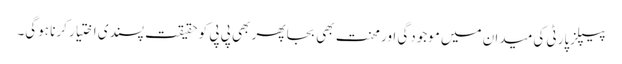
پیپلزپارٹی کی میدان میں موجودگی اور محنت بھی بجا پھر بھی پی پی کو حقیقت پسندی اختیار کرنا ہوگی۔